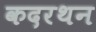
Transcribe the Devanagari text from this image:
कदरथन